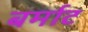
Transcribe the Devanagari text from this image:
बर्माट